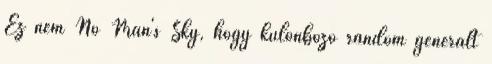
Ez nem No Man's Sky, hogy különböző random generált